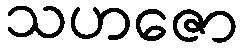
သဟဇော